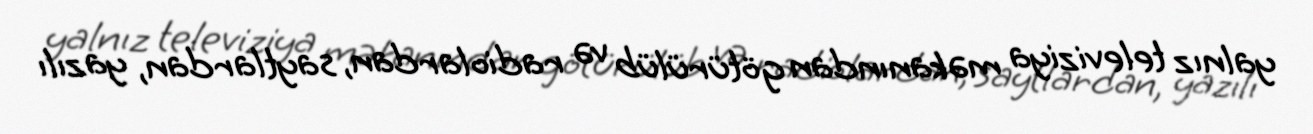
yalnız televiziya məkanından götürülüb və radiolardan, saytlardan, yazılı